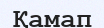
Қамап